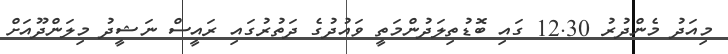
މިއަދު މެންދުރު 12.30 ގައި ބޮޑުތިލަދުންމަތީ ވައުދުގެ ދަތުރުގައި ރައީސް ނަޝީދު މިލަންދޫއަށް